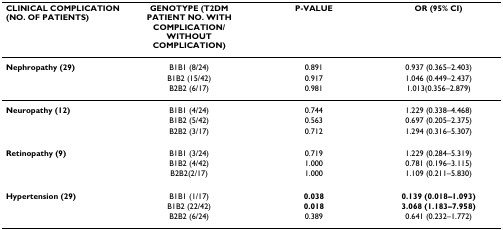
<table><thead><tr><td><b>CLINICAL COMPLICATION (NO. OF PATIENTS)</b></td><td><b>GENOTYPE (T2DM PATIENT NO. WITH COMPLICATION/WITHOUT COMPLICATION)</b></td><td><b>P-VALUE</b></td><td><b>OR (95% CI)</b></td></tr></thead><tbody><tr><td><b>Nephropathy (29)</b></td><td>B1B1 (8/24)</td><td>0.891</td><td>0.937 (0.365–2.403)</td></tr><tr><td>[EMPTY_CELL]</td><td>B1B2 (15/42)</td><td>0.917</td><td>1.046 (0.449–2.437)</td></tr><tr><td>[EMPTY_CELL]</td><td>B2B2 (6/17)</td><td>0.981</td><td>1.013(0.356–2.879)</td></tr><tr><td><b>Neuropathy (12)</b></td><td>B1B1 (4/24)</td><td>0.744</td><td>1.229 (0.338–4.468)</td></tr><tr><td>[EMPTY_CELL]</td><td>B1B2 (5/42)</td><td>0.563</td><td>0.697 (0.205–2.375)</td></tr><tr><td>[EMPTY_CELL]</td><td>B2B2 (3/17)</td><td>0.712</td><td>1.294 (0.316–5.307)</td></tr><tr><td><b>Retinopathy (9)</b></td><td>B1B1 (3/24)</td><td>0.719</td><td>1.229 (0.284–5.319)</td></tr><tr><td>[EMPTY_CELL]</td><td>B1B2 (4/42)</td><td>1.000</td><td>0.781 (0.196–3.115)</td></tr><tr><td>[EMPTY_CELL]</td><td>B2B2(2/17)</td><td>1.000</td><td>1.109 (0.211–5.830)</td></tr><tr><td><b>Hypertension (29)</b></td><td>B1B1 (1/17)</td><td><b>0.038</b></td><td><b>0.139 (0.018–1.093)</b></td></tr><tr><td>[EMPTY_CELL]</td><td>B1B2 (22/42)</td><td><b>0.018</b></td><td><b>3.068 (1.183–7.958)</b></td></tr><tr><td>[EMPTY_CELL]</td><td>B2B2 (6/24)</td><td>0.389</td><td>0.641 (0.232–1.772)</td></tr></tbody></table>